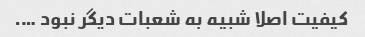
کیفیت اصلا شبیه به شعبات دیگر نبود ….